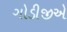
ગોડીજીએ